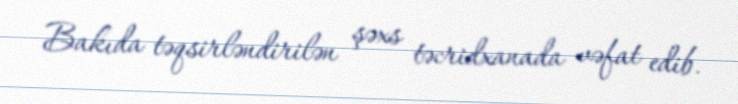
Bakıda təqsirləndirilən şəxs təcridxanada vəfat edib.